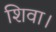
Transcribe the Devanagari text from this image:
शिवा।